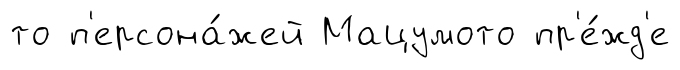
то п'ерсона́жей Мацумото пр'е́жд'е